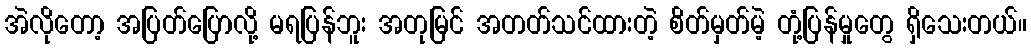
အဲလိုတော့ အပြတ်ပြောလို့ မရပြန်ဘူး အတုမြင် အတတ်သင်ထားတဲ့ စိတ်မှတ်မဲ့ တုံ့ပြန်မှုတွေ ရှိသေးတယ်။